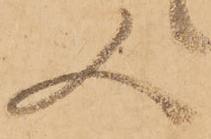
又